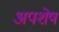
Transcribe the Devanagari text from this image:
अपशेष